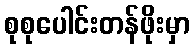
စုစုပေါင်းတန်ဖိုးမှာ